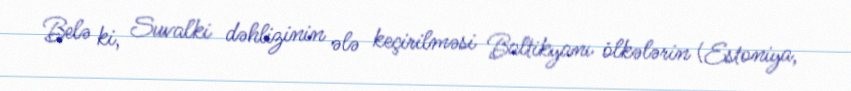
Belə ki, Suvalki dəhlizinin ələ keçirilməsi Baltikyanı ölkələrin (Estoniya,